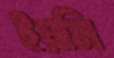
ইয়মি